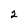
Character: 2